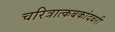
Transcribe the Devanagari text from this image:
चरित्रात्कबकांदबरी